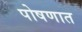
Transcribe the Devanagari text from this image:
पोषणात